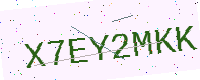
Text: X7EY2MKK